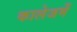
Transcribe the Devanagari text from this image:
कालेजमें